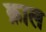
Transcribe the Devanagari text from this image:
क़ाल